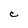
Character: C